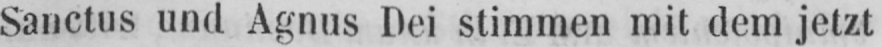
Sanctus und Agnus Dei stimmen mit dem jetzt